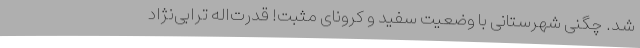
شد. چگنی شهرستانی با وضعیت سفید و کرونای مثبت! قدرت‌اله ترابی‌نژاد